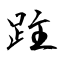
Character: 跓